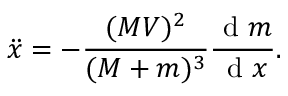
\ddot { x } = - \frac { ( M V ) ^ { 2 } } { ( M + m ) ^ { 3 } } \frac { \textrm { d } m } { \textrm { d } x } .